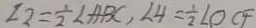
\angle 2 = \frac { 1 } { 2 } \angle A B C , \angle 4 = \frac { 1 } { 2 } \angle O C F